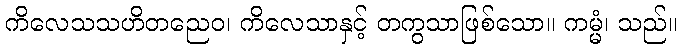
ကိလေသသဟိတညေဝ၊ ကိလေသာနှင့် တကွသာဖြစ်သော။ ကမ္မံ၊ သည်။